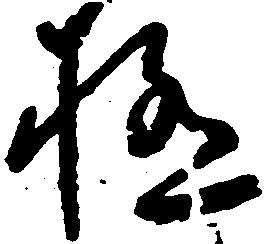
極